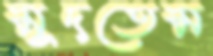
মুদতেম